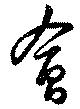
会